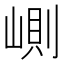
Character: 𡺢